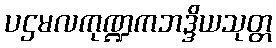
ပဌမလကုဏ္ဍကဘဒ္ဒိယသုတ္တ